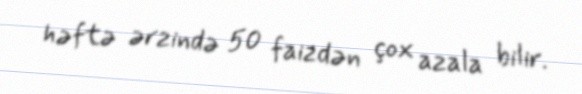
həftə ərzində 50 faizdən çox azala bilir.